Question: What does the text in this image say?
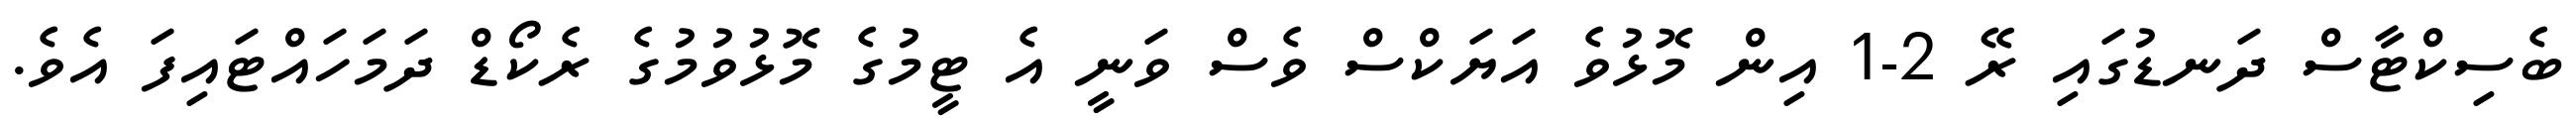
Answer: ބެސިކްޓާސް ދަނޑުގައި ރޭ 2-1 އިން މޮޅުވެ އަޔަކްސް ވެސް ވަނީ އެ ޓީމުގެ މޮޅުވުމުގެ ރެކޯޑް ދަމަހައްޓައިފަ އެވެ.